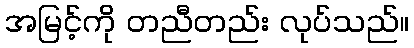
အမြင့်ကို တညီတည်း လုပ်သည်။